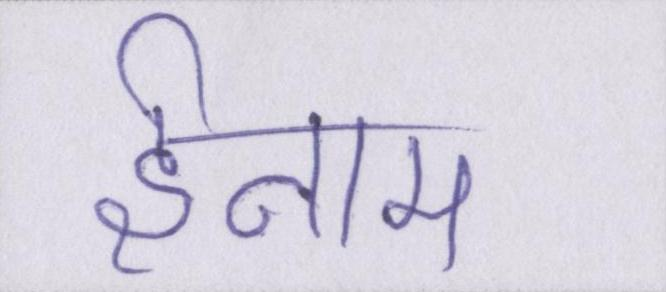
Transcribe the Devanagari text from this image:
ईनाम